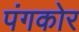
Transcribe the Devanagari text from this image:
पंगकोर